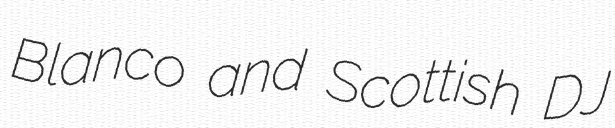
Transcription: Blanco and Scottish DJ